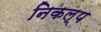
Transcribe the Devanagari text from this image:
निकल्प